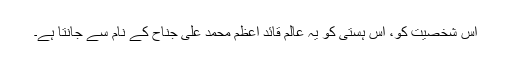
اس شخصیت کو، اس ہستی کو یہ عالم قائدِ اعظم محمد علی جناح کے نام سے جانتا ہے۔